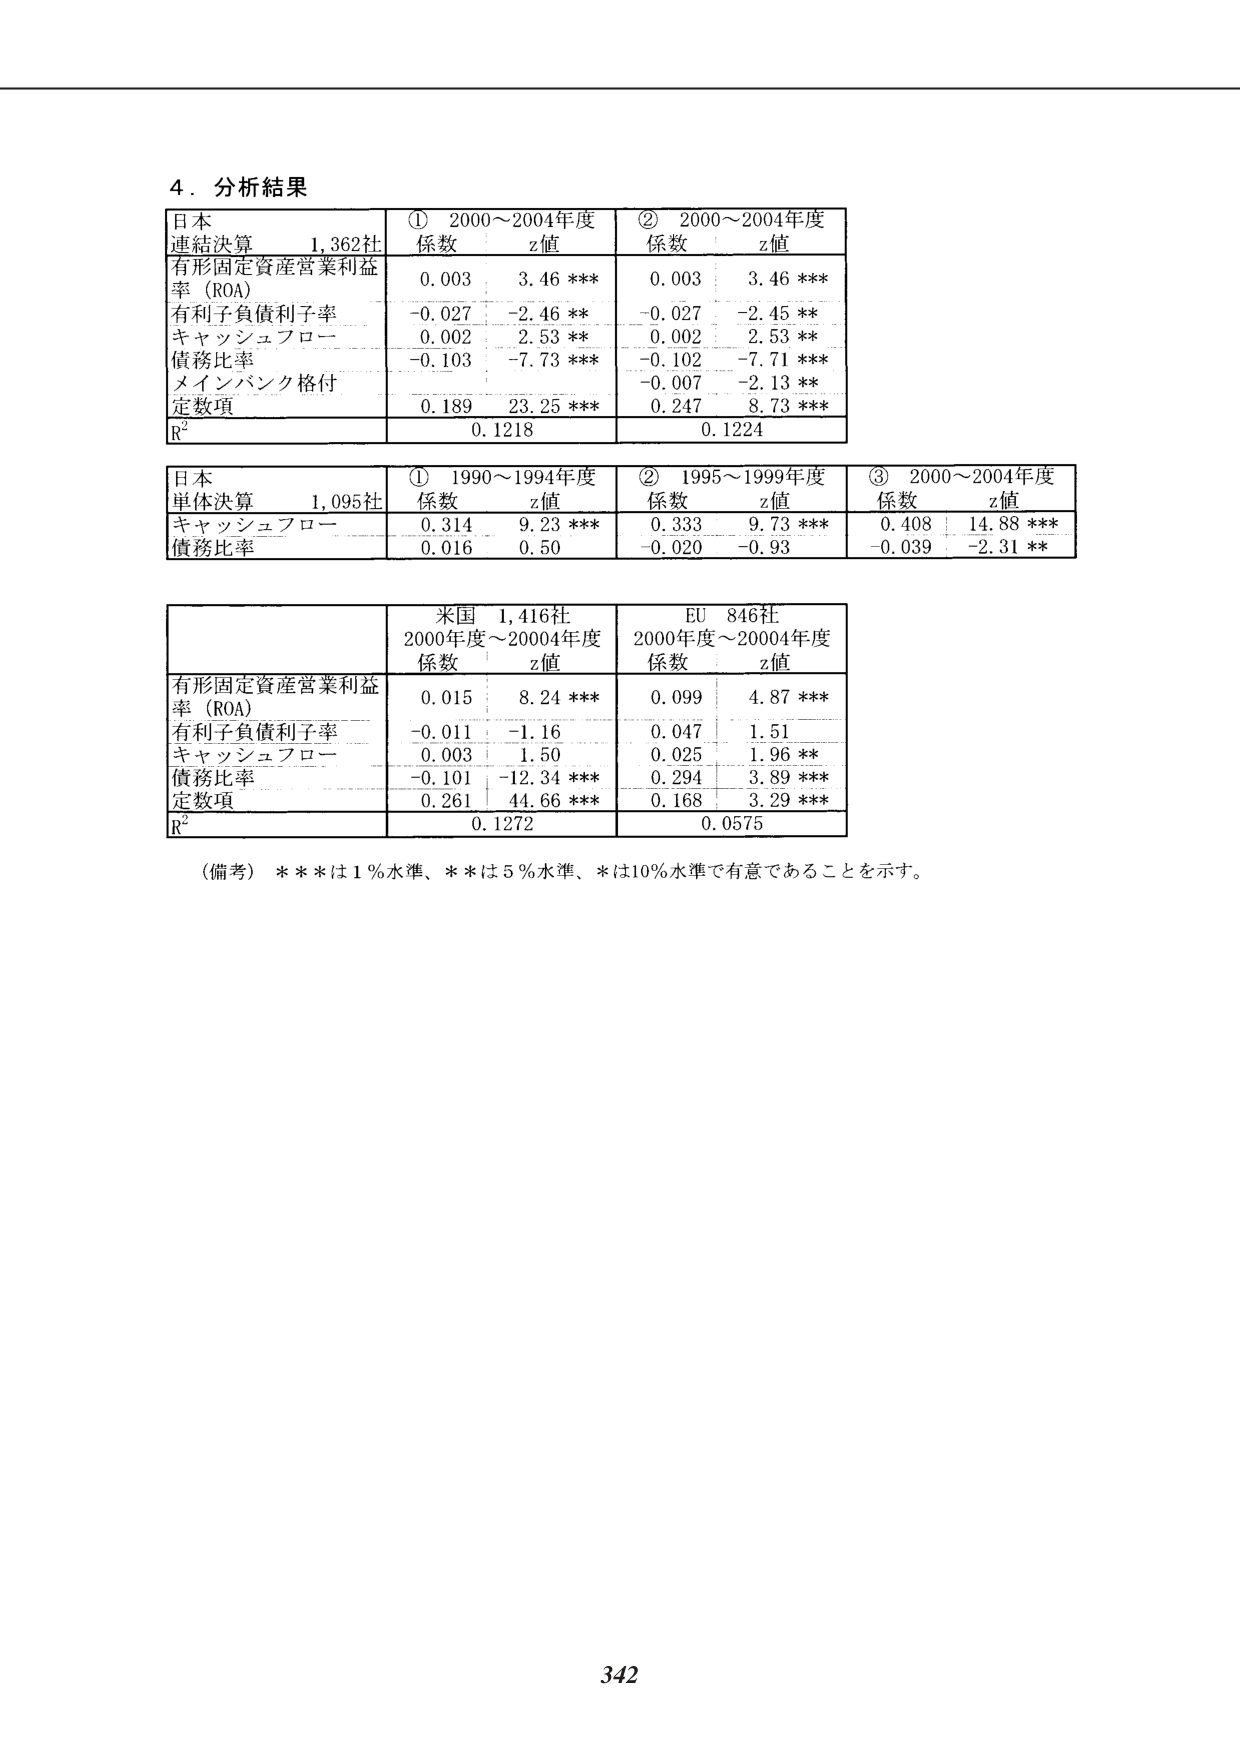
4．分析結果

日本 1,362社
連結決算
① 2000～2004年度 ② 2000～2004年度
係数 z値 係数 z値
有形固定資産営業利益率（ROA） 0.003 3.46 *** 0.003 3.46 ***
有利子負債利子率 -0.027 -2.46 ** -0.027 -2.45 **
キャッシュフロー 0.002 2.53 ** 0.002 2.53 **
債務比率 -0.103 -7.73 *** -0.102 -7.71 ***
メインバンク格付 -0.007 -2.13 **
定数項 0.189 23.25 *** 0.247 8.73 ***
R² 0.1218 0.1224

日本 1,095社
単体決算
① 1990～1994年度 ② 1995～1999年度 ③ 2000～2004年度
係数 z値 係数 z値 係数 z値
キャッシュフロー 0.314 9.23 *** 0.333 9.73 *** 0.408 14.88 ***
債務比率 0.016 0.50 -0.020 -0.93 -0.039 -2.31 **

米国 1,416社
2000年度～20004年度
EU 846社
2000年度～20004年度
係数 z値 係数 z値
有形固定資産営業利益率（ROA） 0.015 8.24 *** 0.099 4.87 ***
有利子負債利子率 -0.011 -1.16 0.047 1.51
キャッシュフロー 0.003 1.50 0.025 1.96 **
債務比率 -0.101 -12.34 *** 0.294 3.89 ***
定数項 0.261 44.66 *** 0.168 3.29 ***
R² 0.1272 0.0575

（備考）***は1％水準、**は5％水準、*は10％水準で有意であることを示す。

342